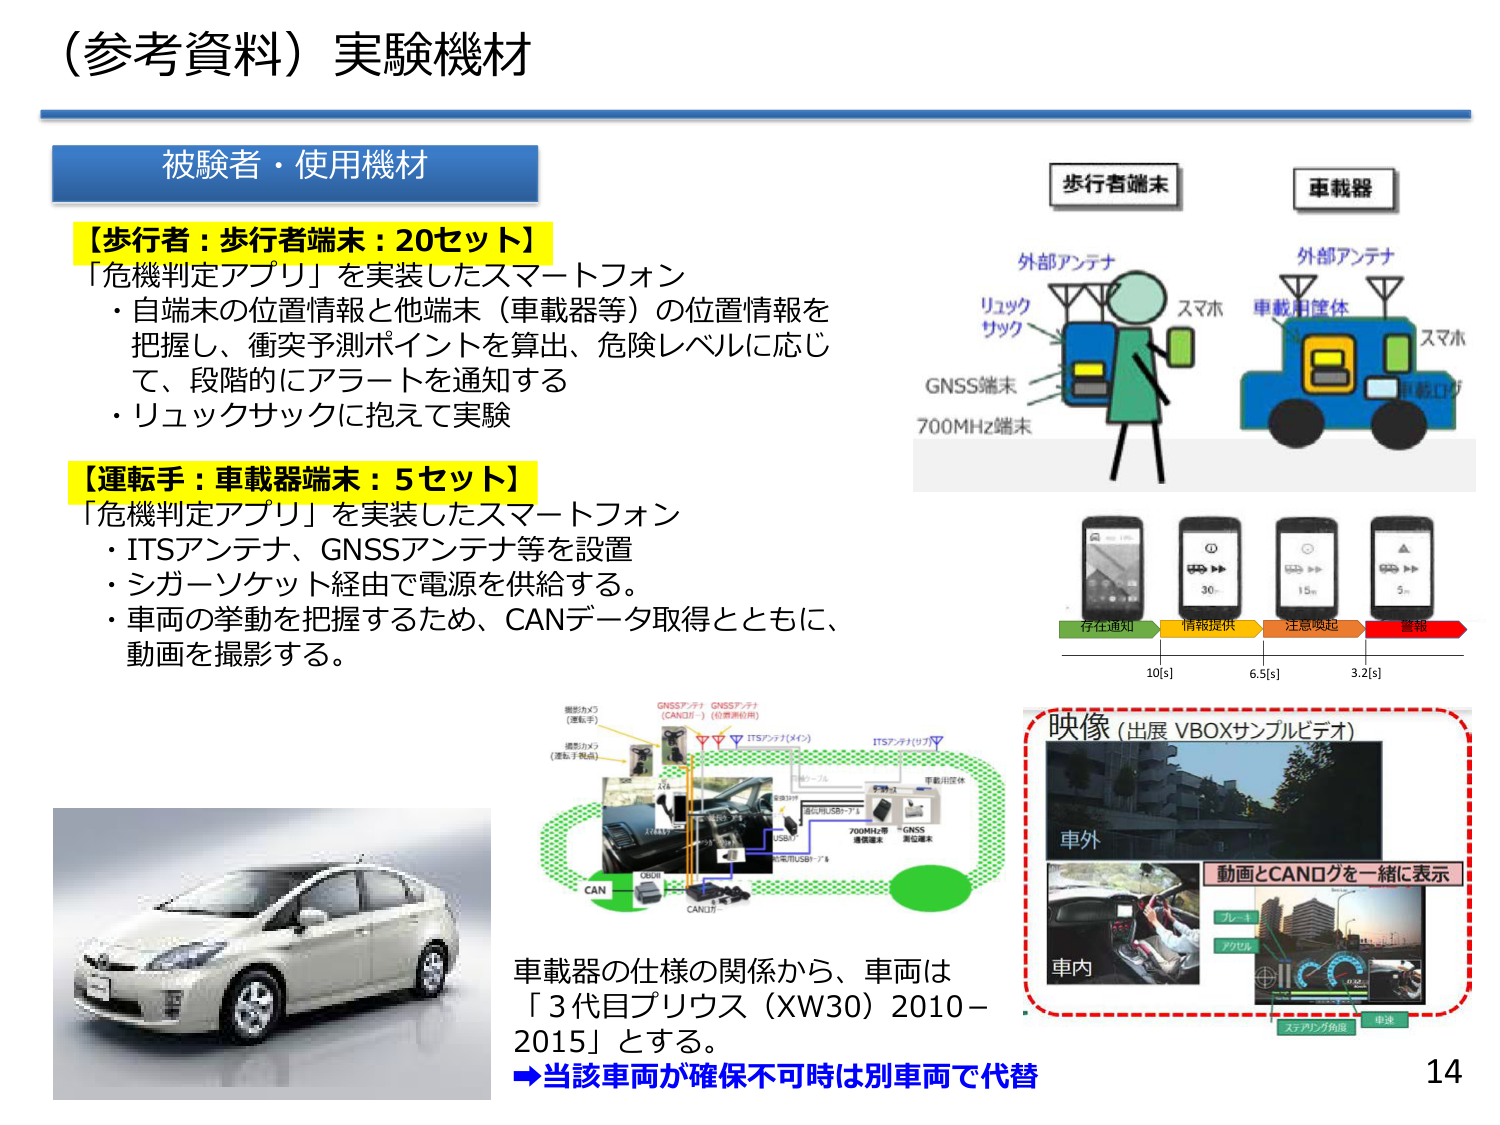
（参考資料）実験機材

被験者・使用機材

【歩行者：歩行者端末：20セット】
「危機判定アプリ」を実装したスマートフォン
・自端末の位置情報と他端末（車載器等）の位置情報を
把握し、衝突予測ポイントを算出、危険レベルに応じ
て、段階的にアラートを通知する
・リュックサックに抱えて実験

【運転手：車載器端末：5セット】
「危機判定アプリ」を実装したスマートフォン
・ITSアンテナ、GNSSアンテナ等を設置
・シガーソケット経由で電源を供給する。
・車両の挙動を把握するため、CANデータ取得とともに、
動画を撮影する。

歩行者端末
外部アンテナ
リュック
サック
GNSS端末
700MHz端末
スマホ

車載器
外部アンテナ
車載用筐体
スマホ
車載LTE

存在通知
情報提供
注意喚起
警報
10[s]
6.5[s]
3.2[s]

映像 (出展 VBOXサンプルビデオ)
車外
車内
動画とCANログを一緒に表示
ルート
アラート
スイッチング角度
車速

車載器の仕様の関係から、車両は
「3代目プリウス（XW30）2010－
2015」とする。
→当該車両が確保不可時は別車両で代替

14